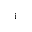
_ \mathrm { i }